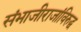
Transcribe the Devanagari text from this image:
संभाजीराजांविरुद्ध